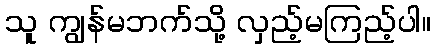
သူ ကျွန်မဘက်သို့ လှည့်မကြည့်ပါ။